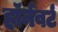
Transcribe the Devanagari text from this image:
हॉर्नवर्ट